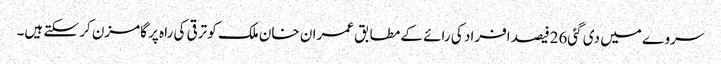
سروے میں دی گئی26فیصد افراد کی رائے کے مطابق عمران خان ملک کو ترقی کی راہ پر گامزن کر سکتے ہیں۔